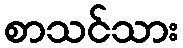
စာသင်သား